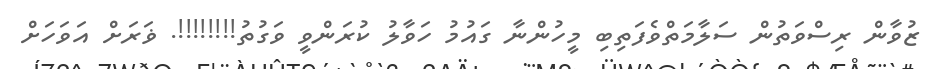
ޒުވާން ރިސްވަތުން ސަލާމަތްވެފަތިބި މީހުންނާ ގައުމު ހަވާލު ކުރަންވީ ވަގުތު!!!!!!!!. ޥަރަށް އަވަހަށް